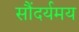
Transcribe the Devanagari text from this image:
सौंदर्यमय